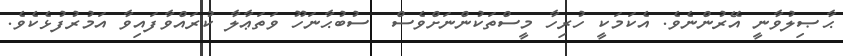
ޙާޞިލުވާނީ އޭރުންނެވެ. އެކަމަކީ ހުރިހާ މީސްތަކުންނަށްވެސް  ސުބުޙާނަހޫ ވަތަޢާލާ ކުރައްވާފައިވާ އަމުރުފުޅެކެވެ.